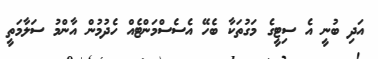
އަދި ބުނީ އެ ސިޓީގެ މަގުތަކާ ބެހޭ އެސެސްމަންޓެއް ހެދުމުން އާންމު ސަލާމަތީ